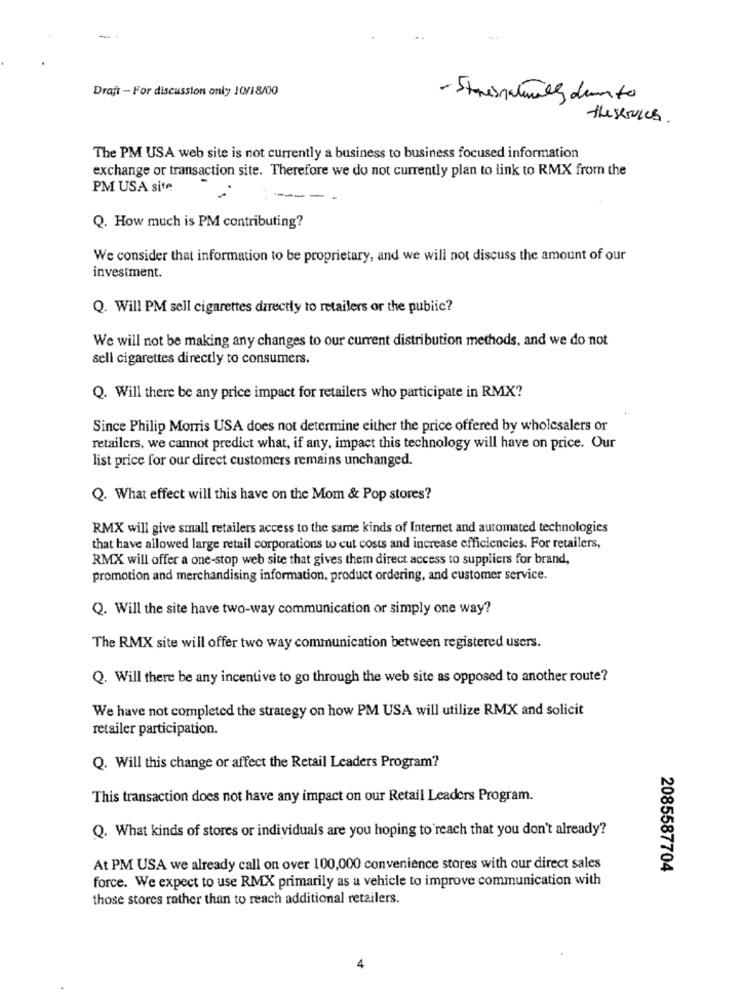
Draft - For discussion only 10/18/00
- Stresnaturally dem to
the services .
The PM USA web site is not currently a business to business focused information
exchange or transaction site. Therefore we do not currently plan to link to RMX from the
PM USA site
Q. How much is PM contributing?
We consider that information to be proprietary, and we will not discuss the amount of our
investment.
Q. Will PM sell cigarettes directly to retailers or the public?
We will not be making any changes to our current distribution methods, and we do not
sell cigarettes directly to consumers.
Q. Will there be any price impact for retailers who participate in RMX?
Since Philip Morris USA does not determine either the price offered by wholesalers or
retailers, we cannot predict what, if any, impact this technology will have on price. Our
list price for our direct customers remains unchanged.
Q. What effect will this have on the Mom & Pop stores?
RMX will give small retailers access to the same kinds of Internet and automated technologies
that have allowed large retail corporations to cut costs and increase efficiencies. For retailers,
RMX will offer a one-stop web site that gives them direct access to suppliers for brand,
promotion and merchandising information, product ordering, and customer service.
Q. Will the site have two-way communication or simply one way?
The RMX site will offer two way communication between registered users.
Q. Will there be any incentive to go through the web site as opposed to another route?
We have not completed the strategy on how PM USA will utilize RMX and solicit
retailer participation.
Q. Will this change or affect the Retail Leaders Program?
This transaction does not have any impact on our Retail Leaders Program.
Q. What kinds of stores or individuals are you hoping to reach that you don't already?
At PM USA we already call on over 100,000 convenience stores with our direct sales
2085587704
force. We expect to use RMX primarily as a vehicle to improve communication with
those stores rather than to reach additional retailers.
4